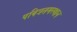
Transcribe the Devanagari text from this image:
पवित्रतमस्थान